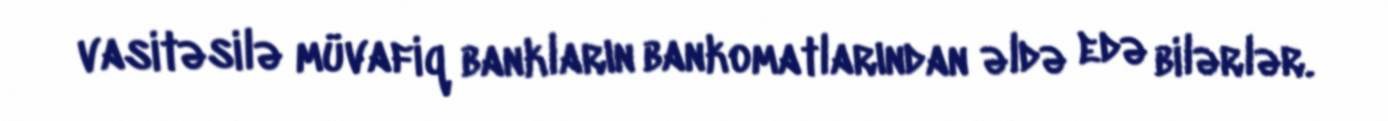
vasitəsilə müvafiq bankların bankomatlarından əldə edə bilərlər.